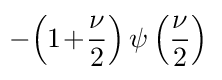
\!-\!\left(1\!+\!{\frac {\nu }{2}}\right)\psi \left({\frac {\nu }{2}}\right)